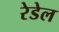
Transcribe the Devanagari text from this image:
रेडेल